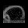
Digit: ၈